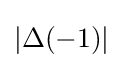
\left|\Delta (-1)\right|